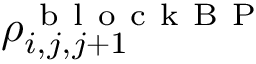
\rho _ { i , j , j + 1 } ^ { \mathrm { ~ b ~ l ~ o ~ c ~ k ~ B ~ P ~ } }